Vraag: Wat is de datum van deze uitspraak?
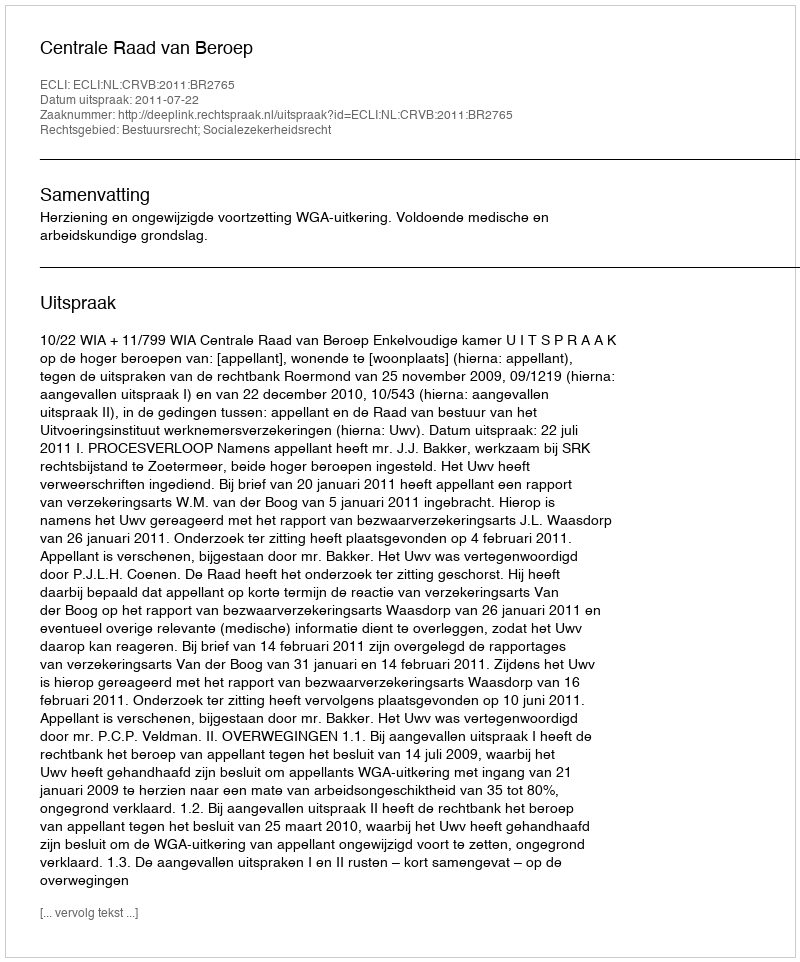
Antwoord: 2011-07-22